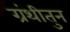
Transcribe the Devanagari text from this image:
ग्रंथीतुन